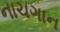
નાચગાન